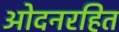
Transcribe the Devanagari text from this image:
ओदनरहित